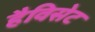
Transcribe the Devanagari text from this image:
हैविसेट